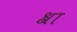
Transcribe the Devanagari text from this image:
श्रा